Mental hospitals Bombay report 1921-28 - 1921-1928
Year: 1921
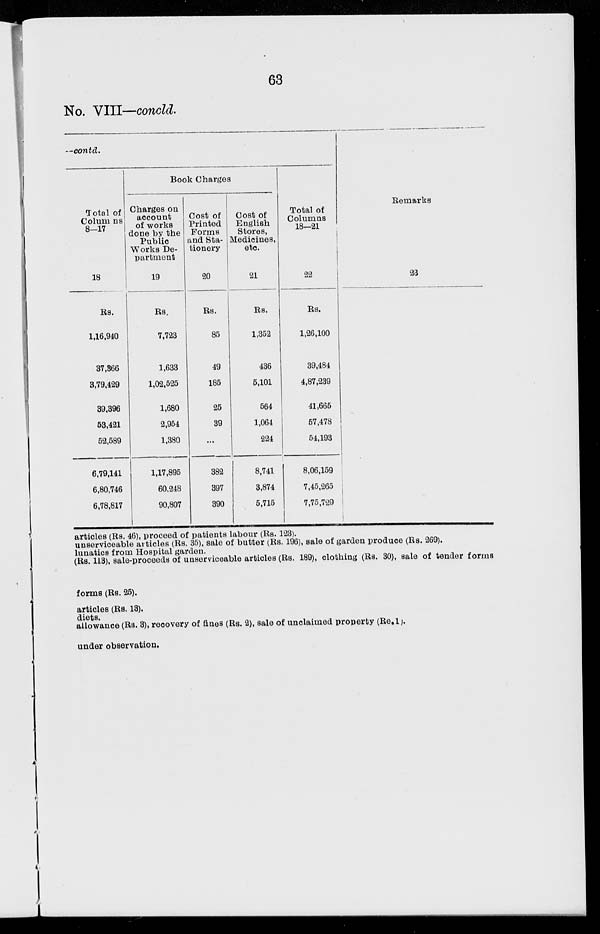
63
No. VIII—concld.
—contd.
Total of
Columns
8—17
18
Rs.
1,16,940
37,866
3,79,429
39,396
53,421
52,589
6,79,141
6,80,746
6,78,817
Book Charges
Charges on
account
of works
done by the
Public
Works De-
partment
19
Rs.
7,723
1,633
1,02,525
1,680
2,954
1,380
1,17,895
60,248
90,807
Cost of
Printed
Forms
and Sta-
tionery
20
Rs.
85
49
185
25
39
...
382
397
390
Cost of
English
Stores,
Medicines,
etc.
21
Rs.
1,352
436
5,101
564
1,064
224
8,741
3,874
5,715
Total of
Columns
18—21
22
Rs.
1,26,100
39,484
4,87,239
41,665
57,478
54,193
8,06,159
7,45,265
7,75,729
Remarks
23
articles (Rs. 46), proceed of patients labour (Rs. 123).
unserviceable articles (Rs. 35), sale of butter (Rs. 196), sale of garden produce (Rs. 269).
lunatics from Hospital garden.
(Rs. 113), sale-proceeds of unserviceable articles (Rs. 189), clothing (Rs. 30), sale of tender forms
forms (Rs. 25).
articles (Rs. 13).
diets.
allowance (Rs. 3), recovery of fines (Rs. 2), sale of unclaimed property (Re.1).
under observation.